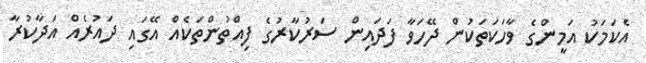
އެކަމަކު އަމީންގެ ވާހަކަތަކުން ދޭހަވާ ފަދައިން ސަރުކާރުގެ ފިއްތުންތަކެއް އޭގައި ދައުރެއް އަދާކުރާ